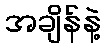
အချိန်နဲ့